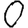
Digit: 0